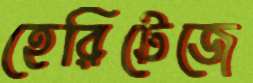
হেরিটেজে